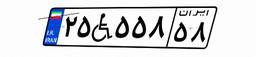
۲۵W۵۰۱۴۵